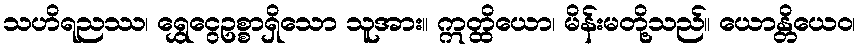
သဟိရညဿ၊ ရွှေငွေဥစ္စာရှိသော သူအား။ ဣတ္ထိယော၊ မိန်းမတို့သည်။ ယောန္တိယေဝ၊